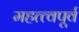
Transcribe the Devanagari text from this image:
महत्त्वपूर्व